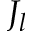
J _ { l }